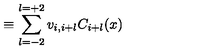
\equiv \sum _ { l = - 2 } ^ { l = + 2 } v _ { i , i + l } C _ { i + l } ( x )